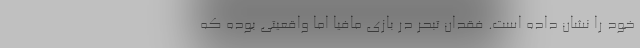
خود را نشان داده است. فقدان تبحر در بازی مافیا اما واقعیتی بوده که